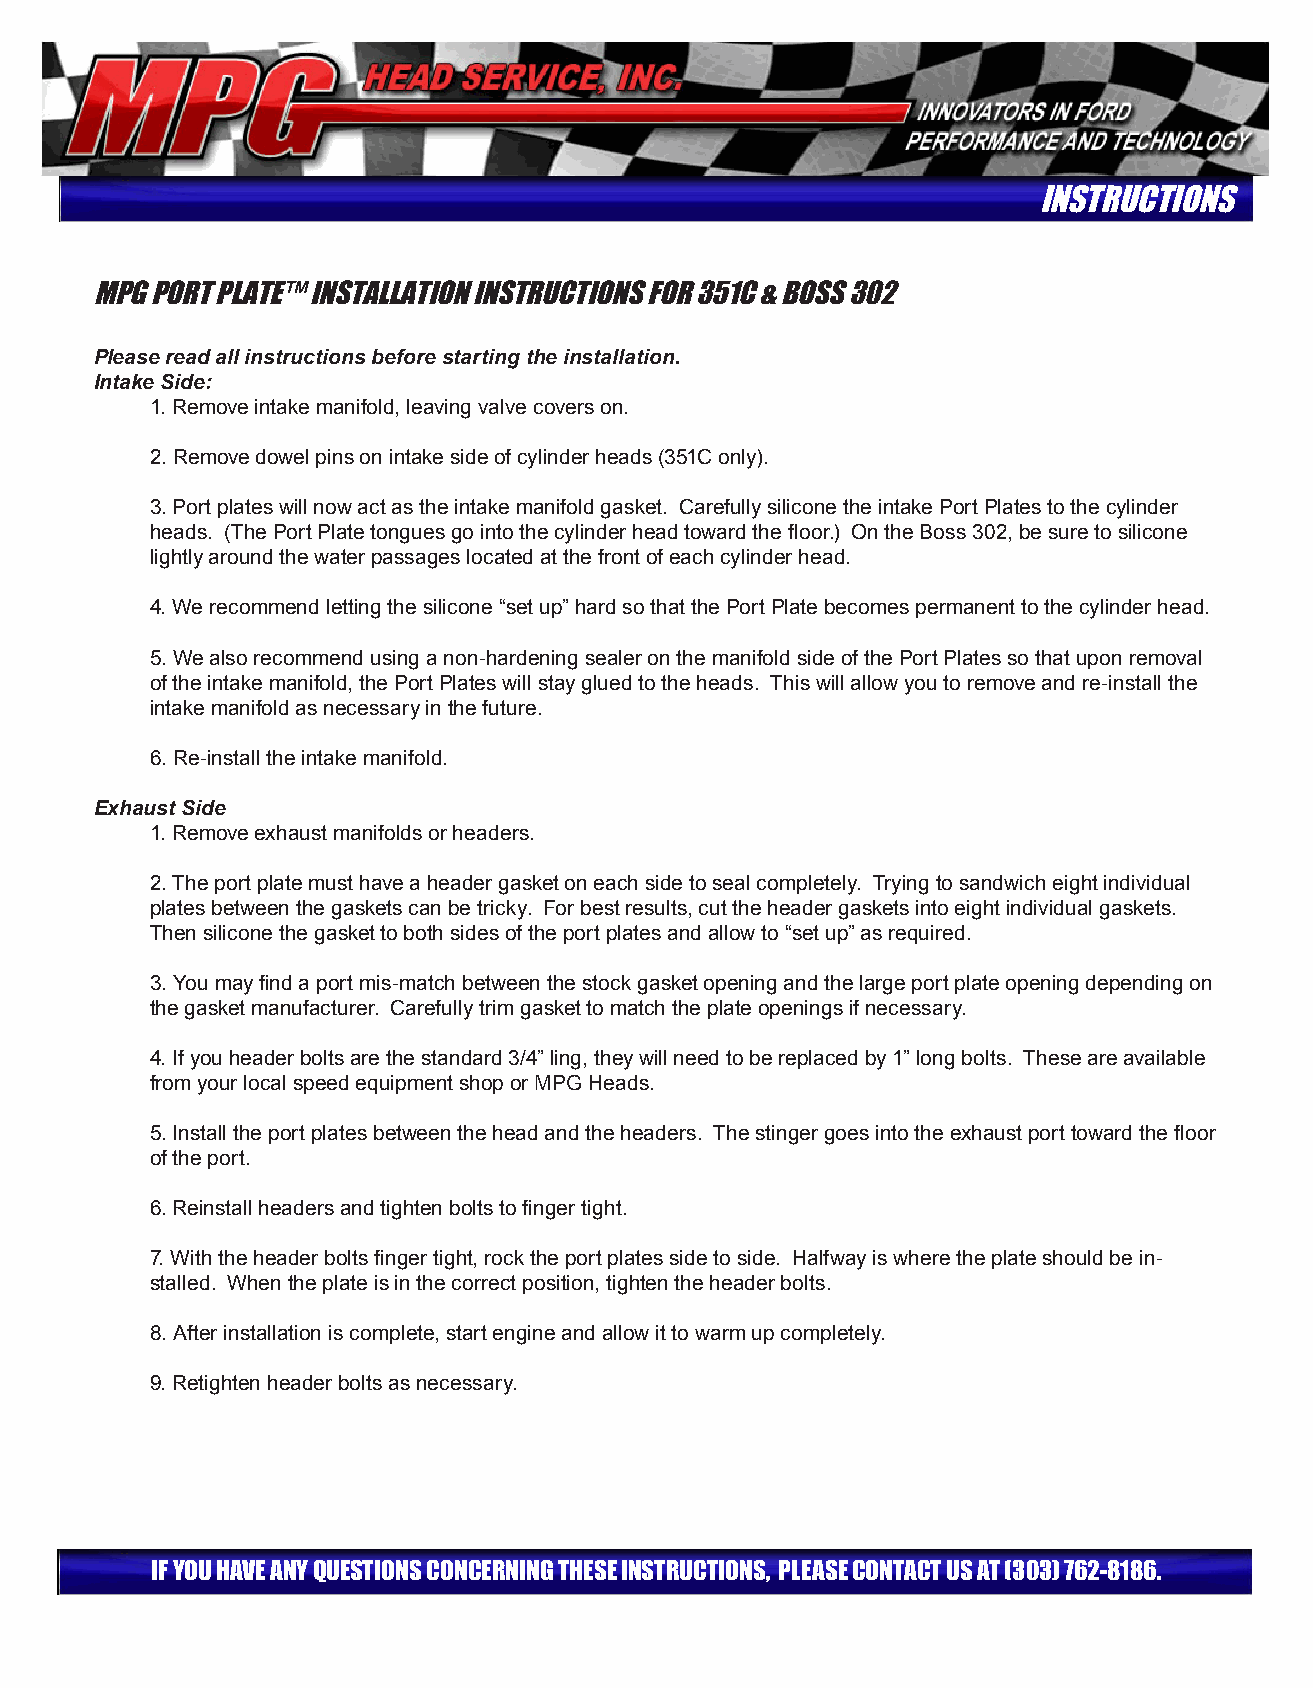
INSTRUCTIONS
 Mpg pORT plaTe™ INSTallaTION INSTRUCTIONS fOR 351C & BOSS 302
 Please read all instructions before starting the installation.
 Intake Side:
 1. Remove intake manifold, leaving valve covers on.
 2. Remove dowel pins on intake side of cylinder heads (351C only).
 3. Port plates will now act as the intake manifold gasket. Carefully silicone the intake Port Plates to the cylinder
 heads. (The Port Plate tongues go into the cylinder head toward the floor.) On the Boss 302, be sure to silicone
 lightly around the water passages located at the front of each cylinder head.
 4. We recommend letting the silicone “set up” hard so that the Port Plate becomes permanent to the cylinder head.
 5. We also recommend using a non-hardening sealer on the manifold side of the Port Plates so that upon removal
 of the intake manifold, the Port Plates will stay glued to the heads. This will allow you to remove and re-install the
 intake manifold as necessary in the future.
 6. Re-install the intake manifold.
 Exhaust Side
 1. Remove exhaust manifolds or headers.
 2. The port plate must have a header gasket on each side to seal completely. Trying to sandwich eight individual
 plates between the gaskets can be tricky. For best results, cut the header gaskets into eight individual gaskets.
 Then silicone the gasket to both sides of the port plates and allow to “set up” as required.
 3. You may find a port mis-match between the stock gasket opening and the large port plate opening depending on
 the gasket manufacturer. Carefully trim gasket to match the plate openings if necessary.
 4. If you header bolts are the standard 3/4” ling, they will need to be replaced by 1” long bolts. These are available
 from your local speed equipment shop or MPG Heads.
 5. Install the port plates between the head and the headers. The stinger goes into the exhaust port toward the floor
 of the port.
 6. Reinstall headers and tighten bolts to finger tight.
 7. With the header bolts finger tight, rock the port plates side to side. Halfway is where the plate should be in-
 stalled. When the plate is in the correct position, tighten the header bolts.
 8. After installation is complete, start engine and allow it to warm up completely.
 9. Retighten header bolts as necessary.
 If yOU have aNy qUeSTIONS CONCeRNINg TheSe INSTRUCTIONS, pleaSe CONTaCT US aT (303) 762-8186.